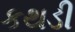
કથડી